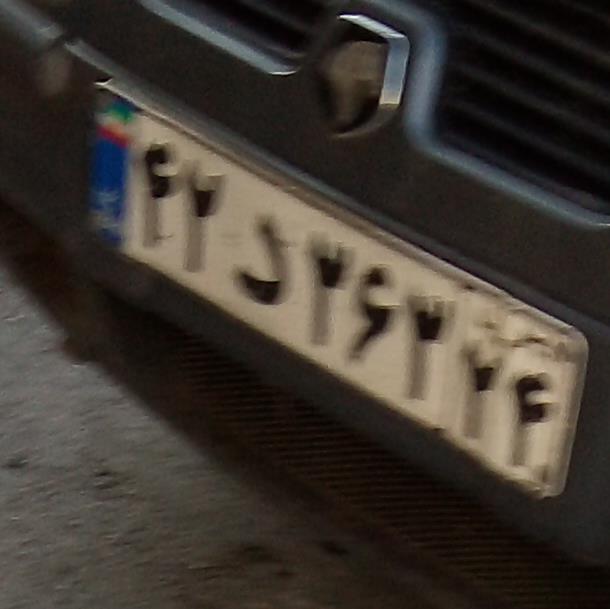
۴۲د۳۶۳۲۴